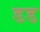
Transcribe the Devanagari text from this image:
डड